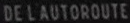
DE L'AUTOROUTE